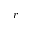
r